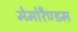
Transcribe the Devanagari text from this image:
मेमोरैण्डम